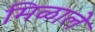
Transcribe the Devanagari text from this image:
मिळालेे